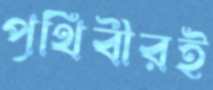
পৃথিবীরই